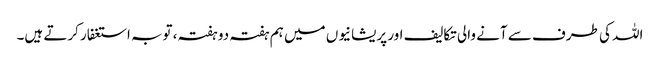
اللہ کی طرف سے آنے والی تکالیف اور پریشانیوں میں ہم ہفتہ دو ہفتہ، توبہ استغفار کرتے ہیں۔